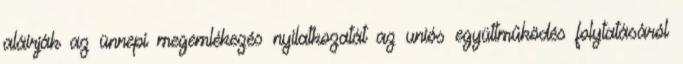
aláírják az ünnepi megemlékezés nyilatkozatát az uniós együttműködés folytatásáról